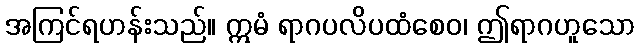
အကြင်ရဟန်းသည်။ ဣမံ ရာဂပလိပထံစေဝ၊ ဤရာဂဟူသော